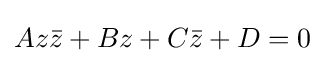
Az{\bar {z}}+Bz+C{\bar {z}}+D=0